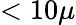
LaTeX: <10\mu